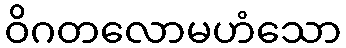
ဝိဂတလောမဟံသော